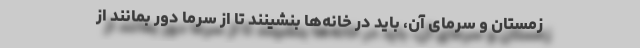
زمستان و سرمای آن، باید در خانه‌ها بنشینند تا از سرما دور بمانند از